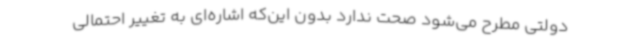
دولتی مطرح می‌شود صحت ندارد بدون این‌که اشاره‌ای به تغییر احتمالی